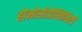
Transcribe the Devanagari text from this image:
होमोसीडीस्तिसिटी